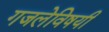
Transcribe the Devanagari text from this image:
गजलेविषयी